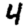
Digit: 4